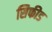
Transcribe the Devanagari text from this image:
सिफीड